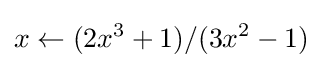
x\gets (2x^{3}+1)/(3x^{2}-1)